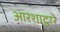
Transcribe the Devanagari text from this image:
आरशाद्वारे